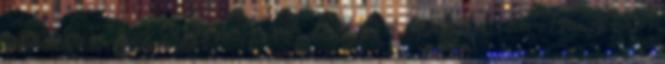
van az óriások szellemeivel, amelyek haláluk után elhagyták a